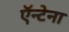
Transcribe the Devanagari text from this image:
ऍन्टेना